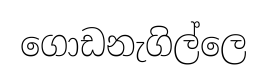
ගොඩනැගිල්ලෙ